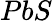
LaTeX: PbS